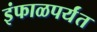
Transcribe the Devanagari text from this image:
इंफाळपर्यंत